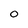
Character: 0